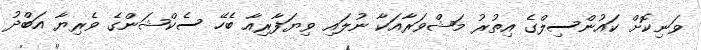
ވަނިކޮށް ކައުންސިލްގެ އިތުރު މަޝްވަރާއަކާ ނުލައި ވިޔަފާރިއާ ބެހޭ ސެކްޝަންގެ ވެރިޔާ އަބްދު